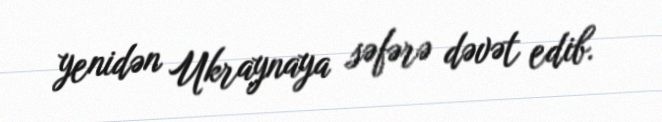
yenidən Ukraynaya səfərə dəvət edib.